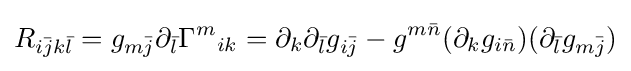
R_{i{\bar {j}}k{\bar {l}}}=g_{m{\bar {j}}}\partial _{\bar {l}}\Gamma ^{m}{}_{ik}=\partial _{k}\partial _{\bar {l}}g_{i{\bar {j}}}-g^{m{\bar {n}}}(\partial _{k}g_{i{\bar {n}}})(\partial _{\bar {l}}g_{m{\bar {j}}})